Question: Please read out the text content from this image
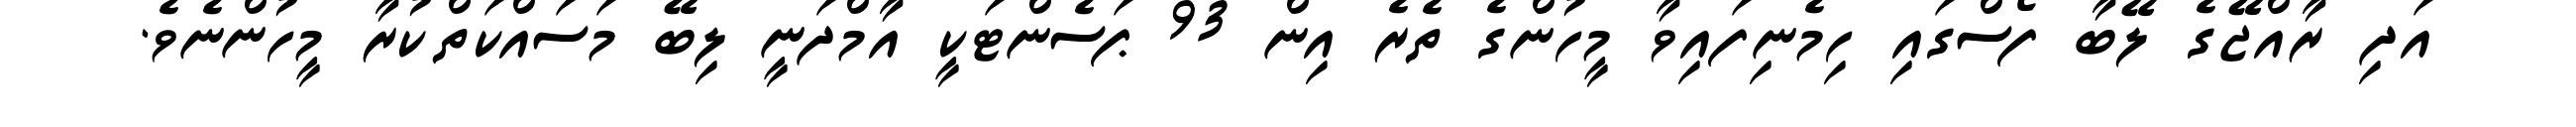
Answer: އަދި ރާއްޖޭގެ ލޭބާ ފޯސްގައި ހިމެނިފައިވާ މީހުންގެ ތެރެ އިން 93 ޕަސެންޓަކީ އާމްދަނީ ލިބޭ މަސައްކަތްކުރާ މީހުންނެވެ.